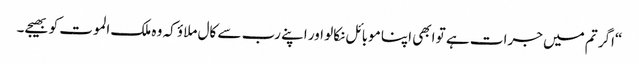
“اگر تم میں جرات ہے تو ابھی اپنا موبائل نکالو اور اپنے رب سے کال ملاؤ کہ وہ ملک الموت کو بھیجے۔